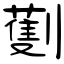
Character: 劐